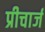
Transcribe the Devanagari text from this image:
प्रीचार्ज